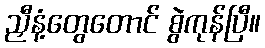
ညှီနံ့တွေတောင် စွဲကုန်ပြီ။